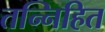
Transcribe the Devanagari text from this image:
तन्निहित